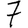
Digit: 7